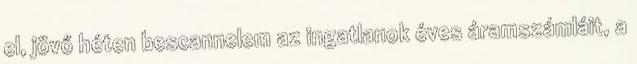
el, jövő héten bescannelem az ingatlanok éves áramszámláit, a